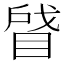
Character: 䁉